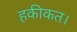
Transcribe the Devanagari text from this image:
हकीकत।